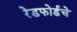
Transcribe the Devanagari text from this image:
रेडफोर्डचे